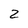
Character: 2